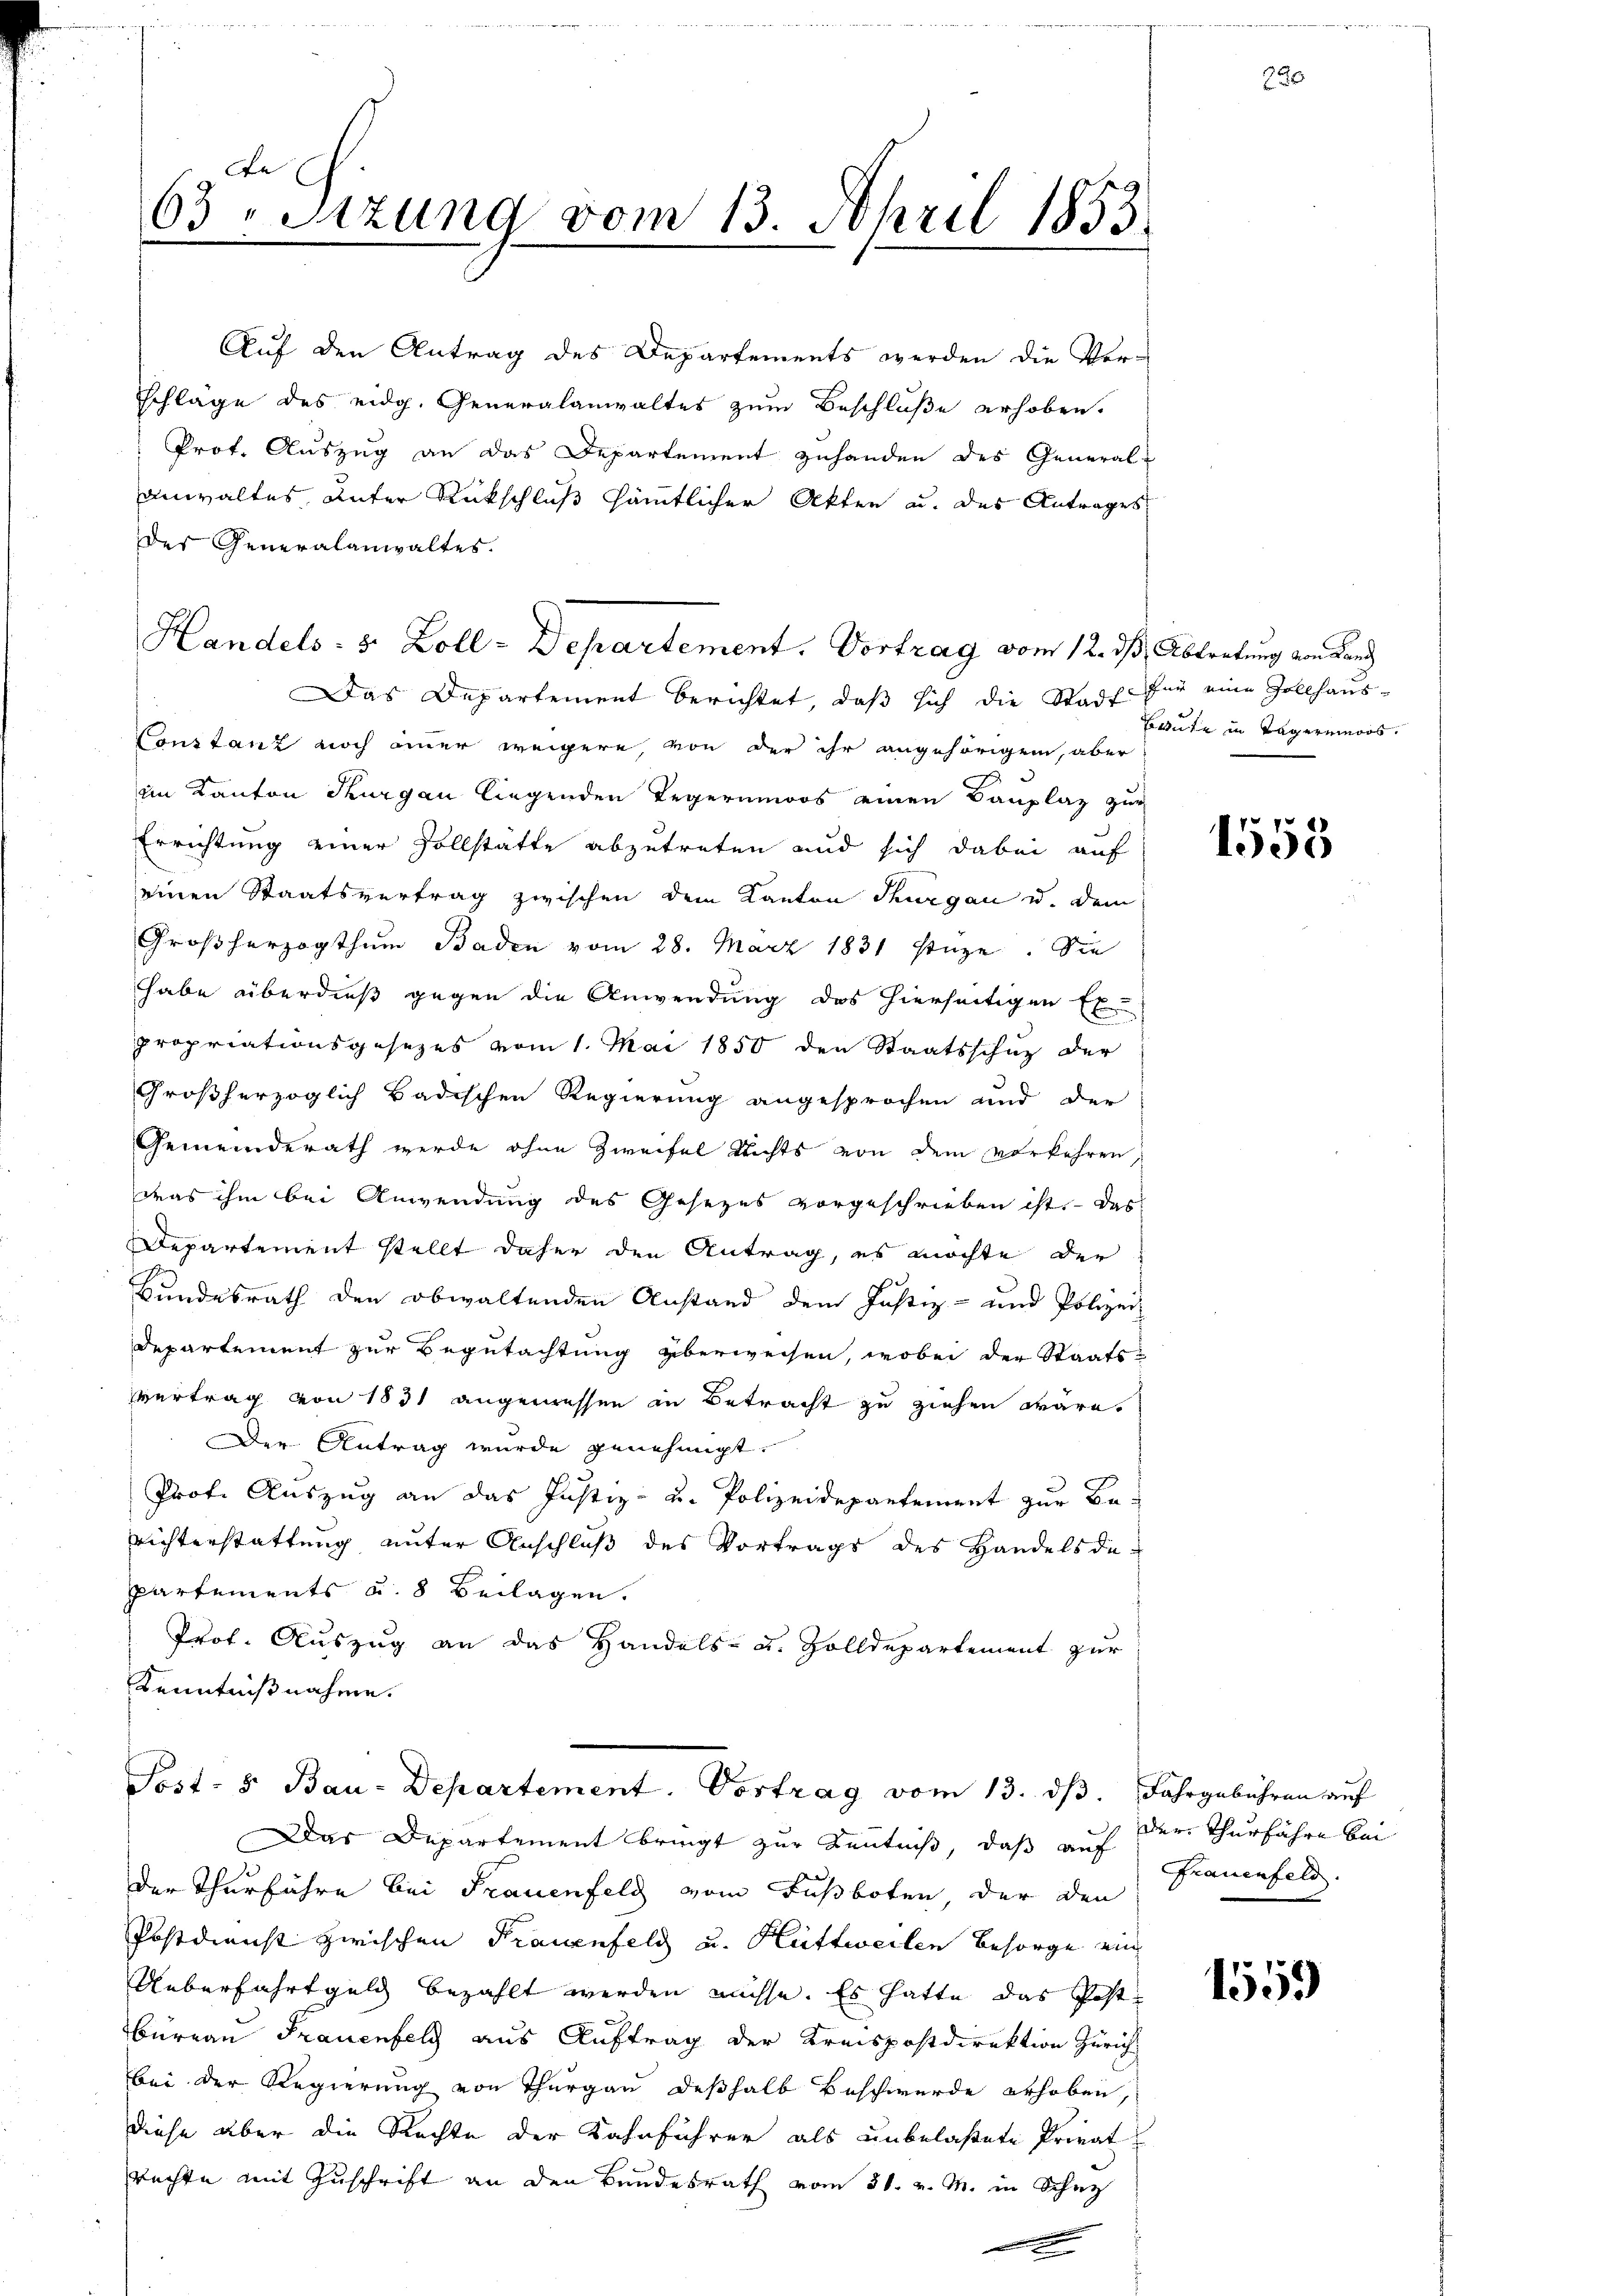
63. Sitzung vom 13. April 1853.

Handels- s. Zoll-Departement. Vortrag vom 12. ds Abtretung von Land
Das Departement berichtet, daß sich die Stadt für eine Zollhaus-
Constanz noch immer weigere, von der ihr angehörigen, aber
im Kanton Thurgau liegenden Legernmoos einen Bauplaz zur
Errichtung einer Vollstatte abzutreten und sich dabei auf
einen Staatsvertrag zwischen dem Kanton Thurgau u. dem
Großherzogthum Baden vom 28. März 1831 stüze. Sie
habe überdieß gegen die Anwendung des hierseitigen Ex
propriationsgesezes vom 1. Mai 1850 den Staatsschuz der
Großherzoglich Badischen Regierung angesprochen und der
Gemeinderath werde ohne Zweifel nichts von dem vorkehren,
was ihm bei Anwendung des Gesezes vorgeschrieben ist. Das
Departement stellt daher den Antrag, es möchte der
Bundesrath den obwaltenden Anstand dem Justiz- und Polizei-
Departement zur Begutachtung überweisen, wobei der Staats-
vertrag von 1831 angemessen in Betracht zu ziehen wäre.
Der Antrag wurde genehmigt.
Prof. Auszug an das Justiz- u. Polizeidepartement zur Berichterstattung unter Anschluß des Vortrags des Handelsde-
Partements u. 8 Beilagen.
Prof. Auszug an das Handels- u. Zolldepartement zur
Kenntnißnahme.
Sost- u Bau-Departement. Vortrag vom 13. dβ. Fahrgebühren auf
Das Departement bringt zur Kenntniß, daß auf
der Thurführe bei Frauenfeld vom Fußboten der den
.
Postdienst zwischen Frauenfeld u. Huttweilen Besorge ein
Ueberfahrtgeld bezahlt werden müsse. Es hatte das Post
Bureau Frauenfeld aus Auftrag der Kreispostdirektion Zürich
bei der Regierung von Thurgau deßhalb Beschwerde erhoben,
diese aber die Rechte der Kahnführer als unbelaßete Privat
Rechte mit Zuschrift an den Bundesrath vom 31. v. M. in Schutz

Auf den Antrag des Departements werden die Verschläge des eidg. Generalanwaltes zum Beschluße erhoben.
Prof. Auszug an das Departement zuhanden des General-
anwaltes, unter Rückschluß sämtlicher Akten au. des Antrages
des Generalanwaltes.

Beute in Tägenmoos.

820

1558

der Thurfahre bei
Frauenfeld.

1559